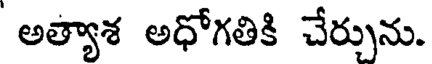
అత్యాశ అధోగతికి చేర్చును.